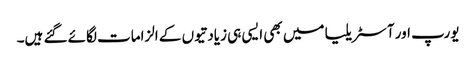
یورپ اور آسٹریلیا میں بھی ایسی ہی زیادتیوں کے الزامات لگائے گئے ہیں۔